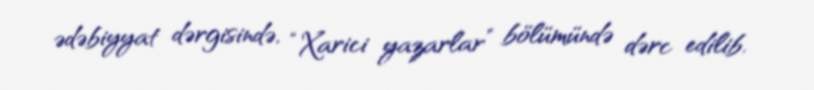
ədəbiyyat dərgisində, “Xarici yazarlar” bölümündə dərc edilib.